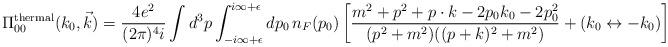
LaTeX: \begin{align*}\Pi_{00}^{\rm thermal}(k_{0},\vec{k}) = {4e^{2}\over (2\pi)^{4}i} \int d^{3}p\int_{-i\infty+\epsilon}^{i\infty+\epsilon} dp_{0}\,n_{F}(p_{0})\left[{m^{2}+ p^{2} + p\cdot k - 2p_{0}k_{0} - 2p_{0}^{2}\over(p^{2}+m^{2})((p+k)^{2}+m^{2})} + (k_{0}\leftrightarrow -k_{0})\right]\end{align*}